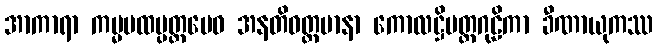
အာကာရာ ကမ္မပထပ္ပတ္တမေဝ အနတိဝတ္တမာနာ ကောလဋ္ဌိမတ္တဂုဠိကာ ခီဏာယုကဿ